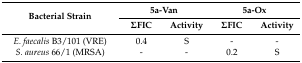
<table><thead><tr><td rowspan="2"><b>Bacterial Strain</b></td><td colspan="2"><b>5a-Van</b></td><td colspan="2"><b>5a-Ox</b></td></tr><tr><td><b>ΣFIC</b></td><td><b>Activity</b></td><td><b>ΣFIC</b></td><td><b>Activity</b></td></tr></thead><tbody><tr><td><i>E. faecalis</i> B3/101 (VRE)</td><td>0.4</td><td>S</td><td>-</td><td>-</td></tr><tr><td><i>S. aureus</i> 66/1 (MRSA)</td><td>-</td><td>-</td><td>0.2</td><td>S</td></tr></tbody></table>